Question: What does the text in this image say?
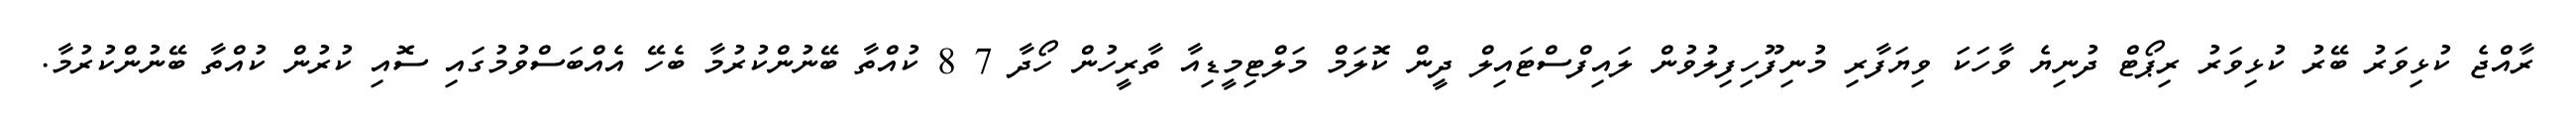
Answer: ރާއްޖެ ކުޅިވަރު ބޭރު ކުޅިވަރު ރިޕޯޓް ދުނިޔެ ވާހަކަ ވިޔަފާރި މުނިފޫހިފިލުވުން ލައިފްސްޓައިލް ދީން ކޮލަމް މަލްޓިމީޑިއާ ތާރީހުން ހޯދާ 7 8 ކުއްތާ ބޭނުންކުރުމާ ބެހޭ އެއްބަސްވުމުގައި ސޮއި ކުރުން ކުއްތާ ބޭނުންކުރުމާ.